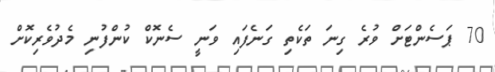
70 ޕަސެންޓަށް ވުރެ ގިނަ ތަކެތި ގަނެފައި ވަނީ ސެނޮކް ކުންފުނި މެދުވެރިކޮށް